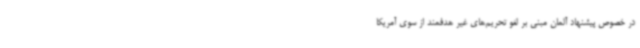
در خصوص پیشنهاد آلمان مبنی بر لغو تحریم‌های غیر هدفمند از سوی آمریکا